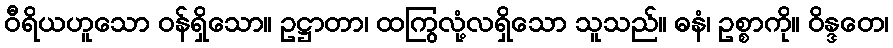
ဝီရိယဟူသော ဝန်ရှိသော။ ဥဋ္ဌာတာ၊ ထကြွလုံ့လရှိသော သူသည်။ ဓနံ၊ ဥစ္စာကို။ ဝိန္ဒတေ၊